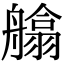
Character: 𦪙